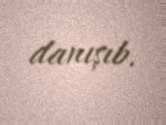
danışıb.